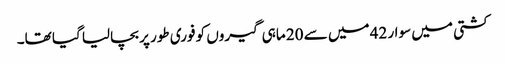
کشتی میں سوار 42 میں سے 20 ماہی گیروں کو فوری طور پر بچالیا گیا تھا۔